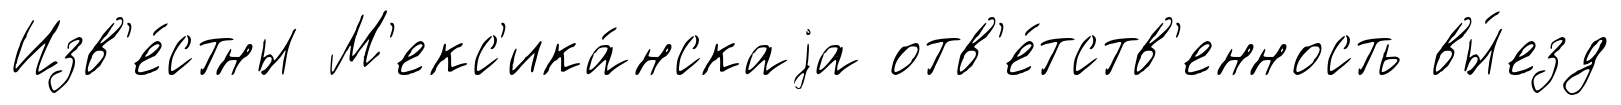
Изв'е́стны М'екс'ика́нскаjа отв'е́тств'енность вы́езд